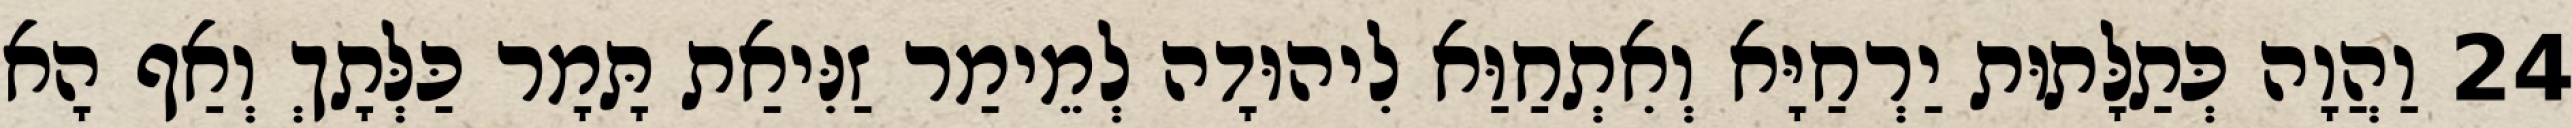
24 וַהֲוָה כְּתַלָּתוּת יַרְחַיָּא וְאִתְחַוַּא לִיהוּדָה לְמֵימַר זַנִּיאַת תָּמָר כַּלְּתָךְ וְאַף הָא